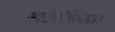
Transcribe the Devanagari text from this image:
आटोपॉलिप्लाइड